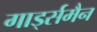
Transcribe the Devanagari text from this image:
गार्ड्समैन